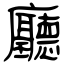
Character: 廳